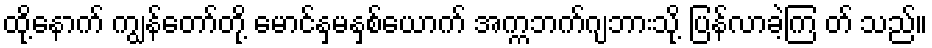
ထို့နောက် ကျွန်တော်တို့ မောင်နှမနှစ်ယောက် အက္ကဘက်ဂျဘားသို့ ပြန်လာခဲ့ကြ တ် သည်။